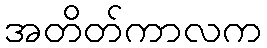
အတိတ်ကာလက